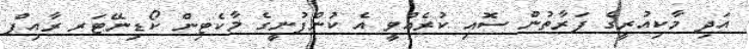
އަދި މާކިއުރީގެ ފަރާތުން ސޮއި ކުރެއްވީ އެ ކުންފުނީގެ މާކެޓިން ކޯޑިނޭޓަރ ރާއިފް